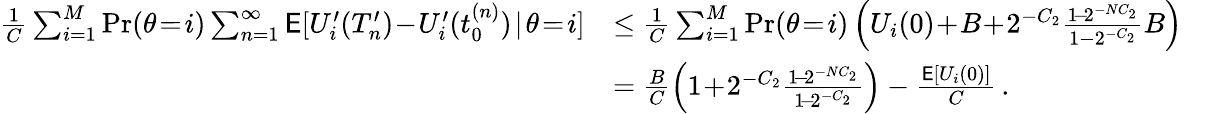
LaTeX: \begin{array}{rlr}{\frac{1}{C}\sum_{i=1}^{M}\operatorname*{Pr}(\theta\! =\! i)\sum_{n=1}^{\infty}\mathsf{E}[U_{i}^{\prime}(T_{n}^{\prime})\! -\! U_{i}^{\prime}(t_{0}^{(n)})\! \mid\! \theta\! =\! i]}&{\le\frac{1}{C}\sum_{i=1}^{M}\operatorname*{Pr}(\theta\! =\! i)\left(U_{i}(0)\! +\! B\! +\! 2^{-C_{2}}\frac{1\! -\! 2^{-NC_{2}}}{1-2^{-C_{2}}}B\right)}&\\ &{=\frac{B}{C}\left(1\! +\! 2^{-C_{2}}\frac{1\! -\! 2^{-NC_{2}}}{1\! -\! 2^{-C_{2}}}\right)-\frac{\mathsf{E}[U_{i}(0)]}{C}\, .}&\end{array}